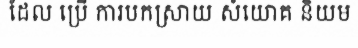
ដែល ប្រើ ការបកស្រាយ សំយោគ និយម